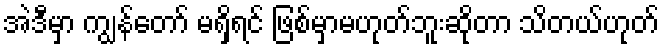
အဲဒီမှာ ကျွန်တော် မရှိရင် ဖြစ်မှာမဟုတ်ဘူးဆိုတာ သိတယ်ဟုတ်